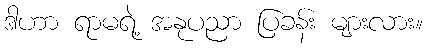
ဒါဟာ ရာမရဲ့ အနုပညာ ပြခန်း များလား။